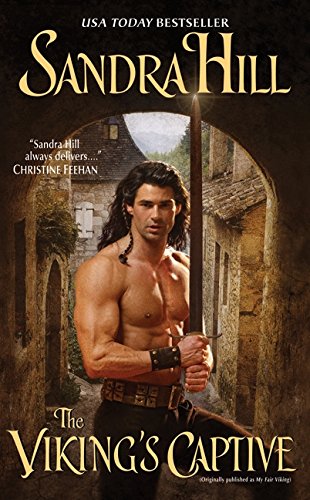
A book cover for The Viking's Captive (Viking I); Sandra Hill; Romance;